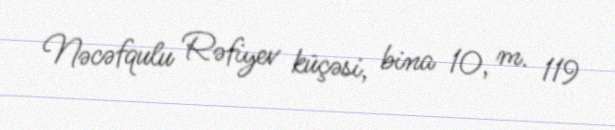
Nəcəfqulu Rəfiyev küçəsi, bina 10, m. 119